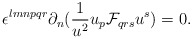
\begin{align*}\epsilon^{lmnpqr}\partial_n({1\over{u^2}}u_p{\cal F}_{qrs}u^s)=0.\end{align*}